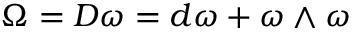
\Omega = D \omega = d \omega + \omega \wedge \omega